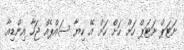
ށަޓަޕް ށަޓަޕް ހަށް ހަށް ހަށް އޭ ކިޔާ ސައްޕެއް ޖަހާ އިންޑިއާ